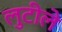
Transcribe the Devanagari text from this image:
लुटीले